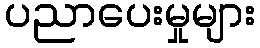
ပညာပေးမှုများ